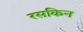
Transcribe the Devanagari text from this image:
रसकिन